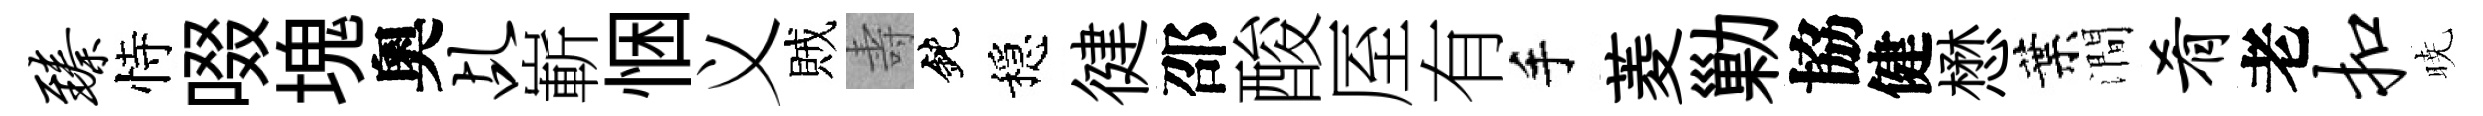
臻恃啜塊奧乩嶄悃义賊壽鈍穩徤邵酸厔有手菱勦協健懋葉澗肴老扣暁